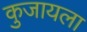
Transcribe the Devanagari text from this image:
कुजायला